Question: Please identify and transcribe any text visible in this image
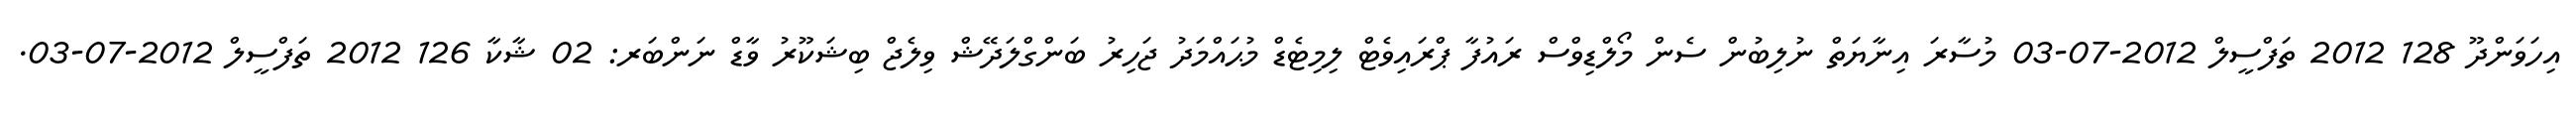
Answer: އިހަވަންދޫ 128 2012 ތަފްސީލް 2012-07-03 މުސާރަ އިނާޔަތް ނުލިބުން ސެން މޯލްޑިވްސް ރައުފާ ޕްރައިވެޓް ލިމިޓެޑް މުޙައްމަދު ޖަހިރު ބަންގްލަދޭޝް ވިލެޖް ބިޝަކޫރު ވާޑް ނަންބަރ: 02 ޝާކާ 126 2012 ތަފްސީލް 2012-07-03.